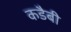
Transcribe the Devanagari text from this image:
कडैबी